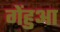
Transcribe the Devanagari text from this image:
गेंहुआ